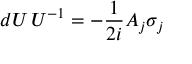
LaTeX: d U \, U ^ { - 1 } = - { \frac { 1 } { 2 i } } A _ { j } \sigma _ { j }